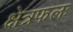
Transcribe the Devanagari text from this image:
क्षेत्रफलः